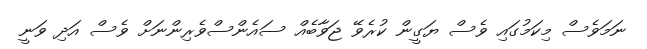
ނަމަވެސް މިކަމުގައި ވެސް ޔަގީން ކުރެވޭ ޖަވާބެއް ސައެންސްވެރިންނަށް ވެސް އަދި ވަނީ